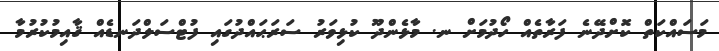
މަސައްކަތް ކޮށްދޭނެ ފަރާތެއް ހޯދުމަށް ނ. މާޅެންދޫ ކުޅިވަރު ސަރަޙައްދުގައި ފުޓްސަލްދަނޑެއް ޤާއިމުކުރުމާ